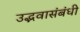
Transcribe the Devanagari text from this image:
उद्भवासंबंधी